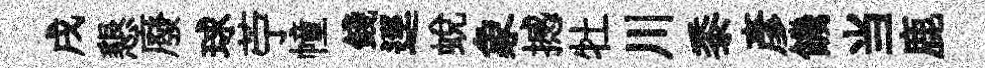
戌懇廢球苧幢錢逕蛻象撼牡川黍彥饑当鹿